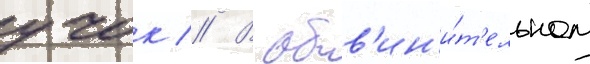
учок // В обв'ин'и́т'ельном